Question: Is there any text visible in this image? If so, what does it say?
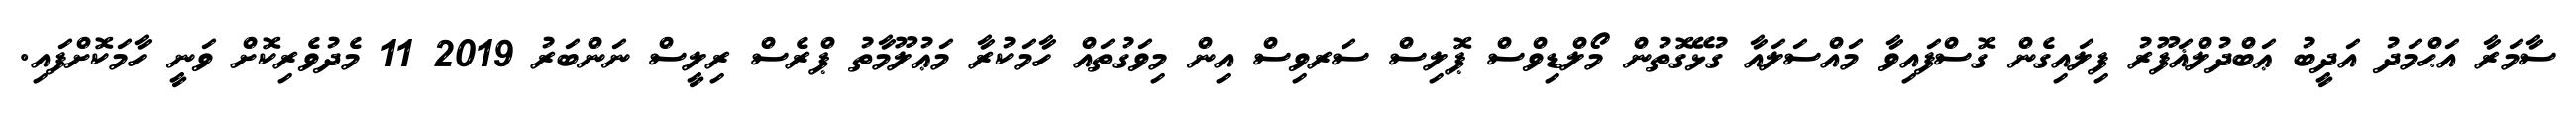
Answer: ސާމަރާ އަޙްމަދު އަދީބު ޢަބްދުލްޣަފޫރު ފިލައިގެން ގޮސްފައިވާ މައްސަލައާ ގުޅޭގޮތުން މޯލްޑިވްސް ޕޮލިސް ސަރވިސް އިން މިވަގުތައް ހާމަކުރާ މަޢުލޫމާތު ޕްރެސް ރިލީސް ނަންބަރު 2019 11 މެދުވެރިކޮށް ވަނީ ހާމަކޮށްފައި.